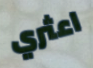
اعثري